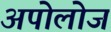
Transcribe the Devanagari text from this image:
अपोलोज